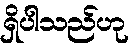
ရှိပါသည်ဟု